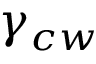
\gamma _ { c w }